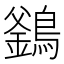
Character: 𪄇